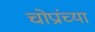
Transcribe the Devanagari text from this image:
चोप्रांच्या